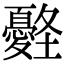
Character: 𡔀